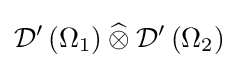
{\mathcal {D}}^{\prime }\left(\Omega _{1}\right)\mathbin {\widehat {\otimes }} {\mathcal {D}}^{\prime }\left(\Omega _{2}\right)